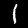
Label: 1